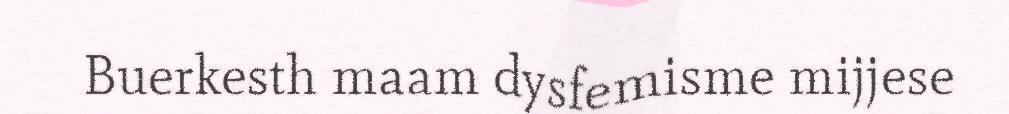
Buerkesth maam dysfemisme mijjese